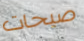
صيحات